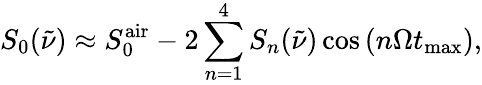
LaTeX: S_{0}(\tilde{\nu})\approx S_{0}^{\mathrm{air}}-2\sum_{n=1}^{4}S_{n}(\tilde{\nu})\cos\left(n\Omega t_{\mathrm{max}}\right),